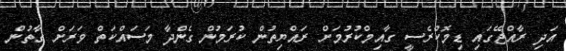
އަދި ރާއްޖޭގައި ޑިމޮކްރެސީ ގާއިމްކުރުމަށް ރައްޔިތުން ކުރަމުން ގެންދާ މަސައްކަތް ވަރަށް ގާތުން